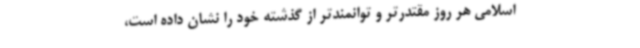
اسلامی هر روز مقتدرتر و توانمندتر از گذشته خود را نشان داده است،